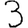
Digit: 3